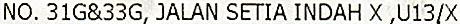
NO. 31G&33G, JALAN SETIA INDAH X ,U13/X